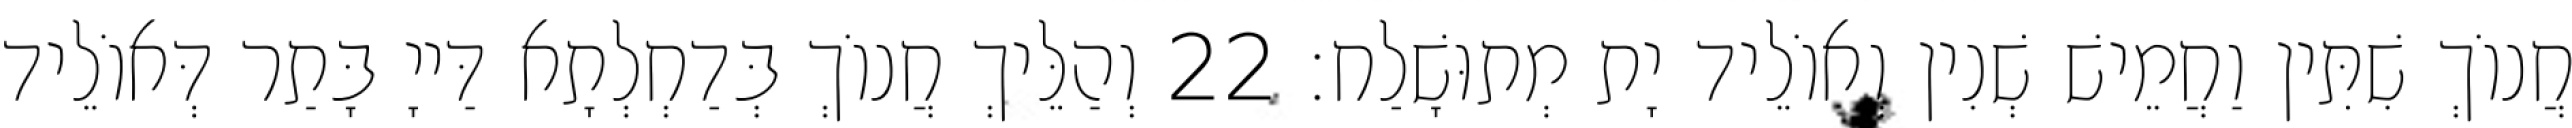
חֲנוֹךְ שִׁתִּין וַחֲמֵישׁ שְׁנִין וְאוֹלֵיד יָת מְתוּשָׁלַח׃ 22 וְהַלֵּיךְ חֲנוֹךְ בְּדַחְלְתָא דַּייָ בָּתַר דְּאוֹלֵיד